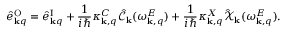
\hat { e } _ { { \bf k } q } ^ { \mathrm { O } } = \hat { e } _ { { \bf k } q } ^ { \mathrm { I } } + \frac { 1 } { i \hbar } \kappa _ { { \bf k } , q } ^ { C } \hat { \mathcal { C } } _ { \bf k } ( \omega _ { { \bf k } , q } ^ { E } ) + \frac { 1 } { i \hbar } \kappa _ { { \bf k } , q } ^ { X } \hat { \mathcal { X } } _ { \bf k } ( \omega _ { { \bf k } , q } ^ { E } ) .